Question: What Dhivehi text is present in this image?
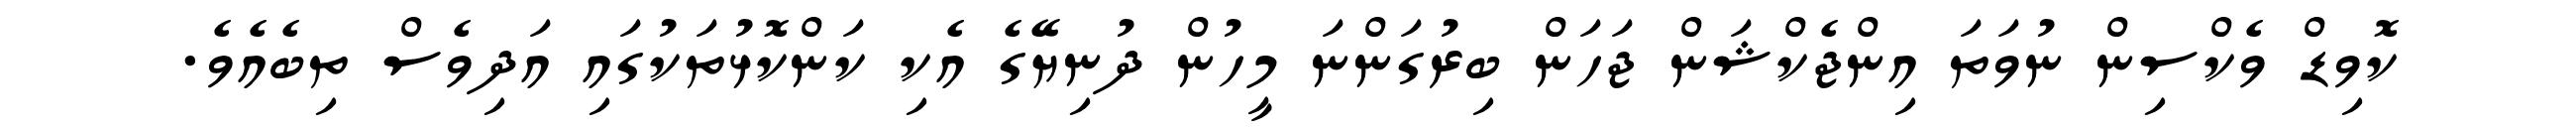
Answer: ކޮވިޑް ވެކްސިން ނުވަތަ އިންޖެކްޝަން ޖަހަން ބިރުގަންނަ މީހުން ދުނިޔޭގެ އެކި ކަންކޮޅުތަކުގައި އަދިވެސް ތިބެއެވެ.